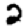
Digit: 2